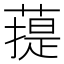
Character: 䔶